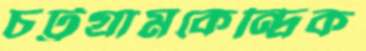
চট্টগ্রামকেন্দ্রিক